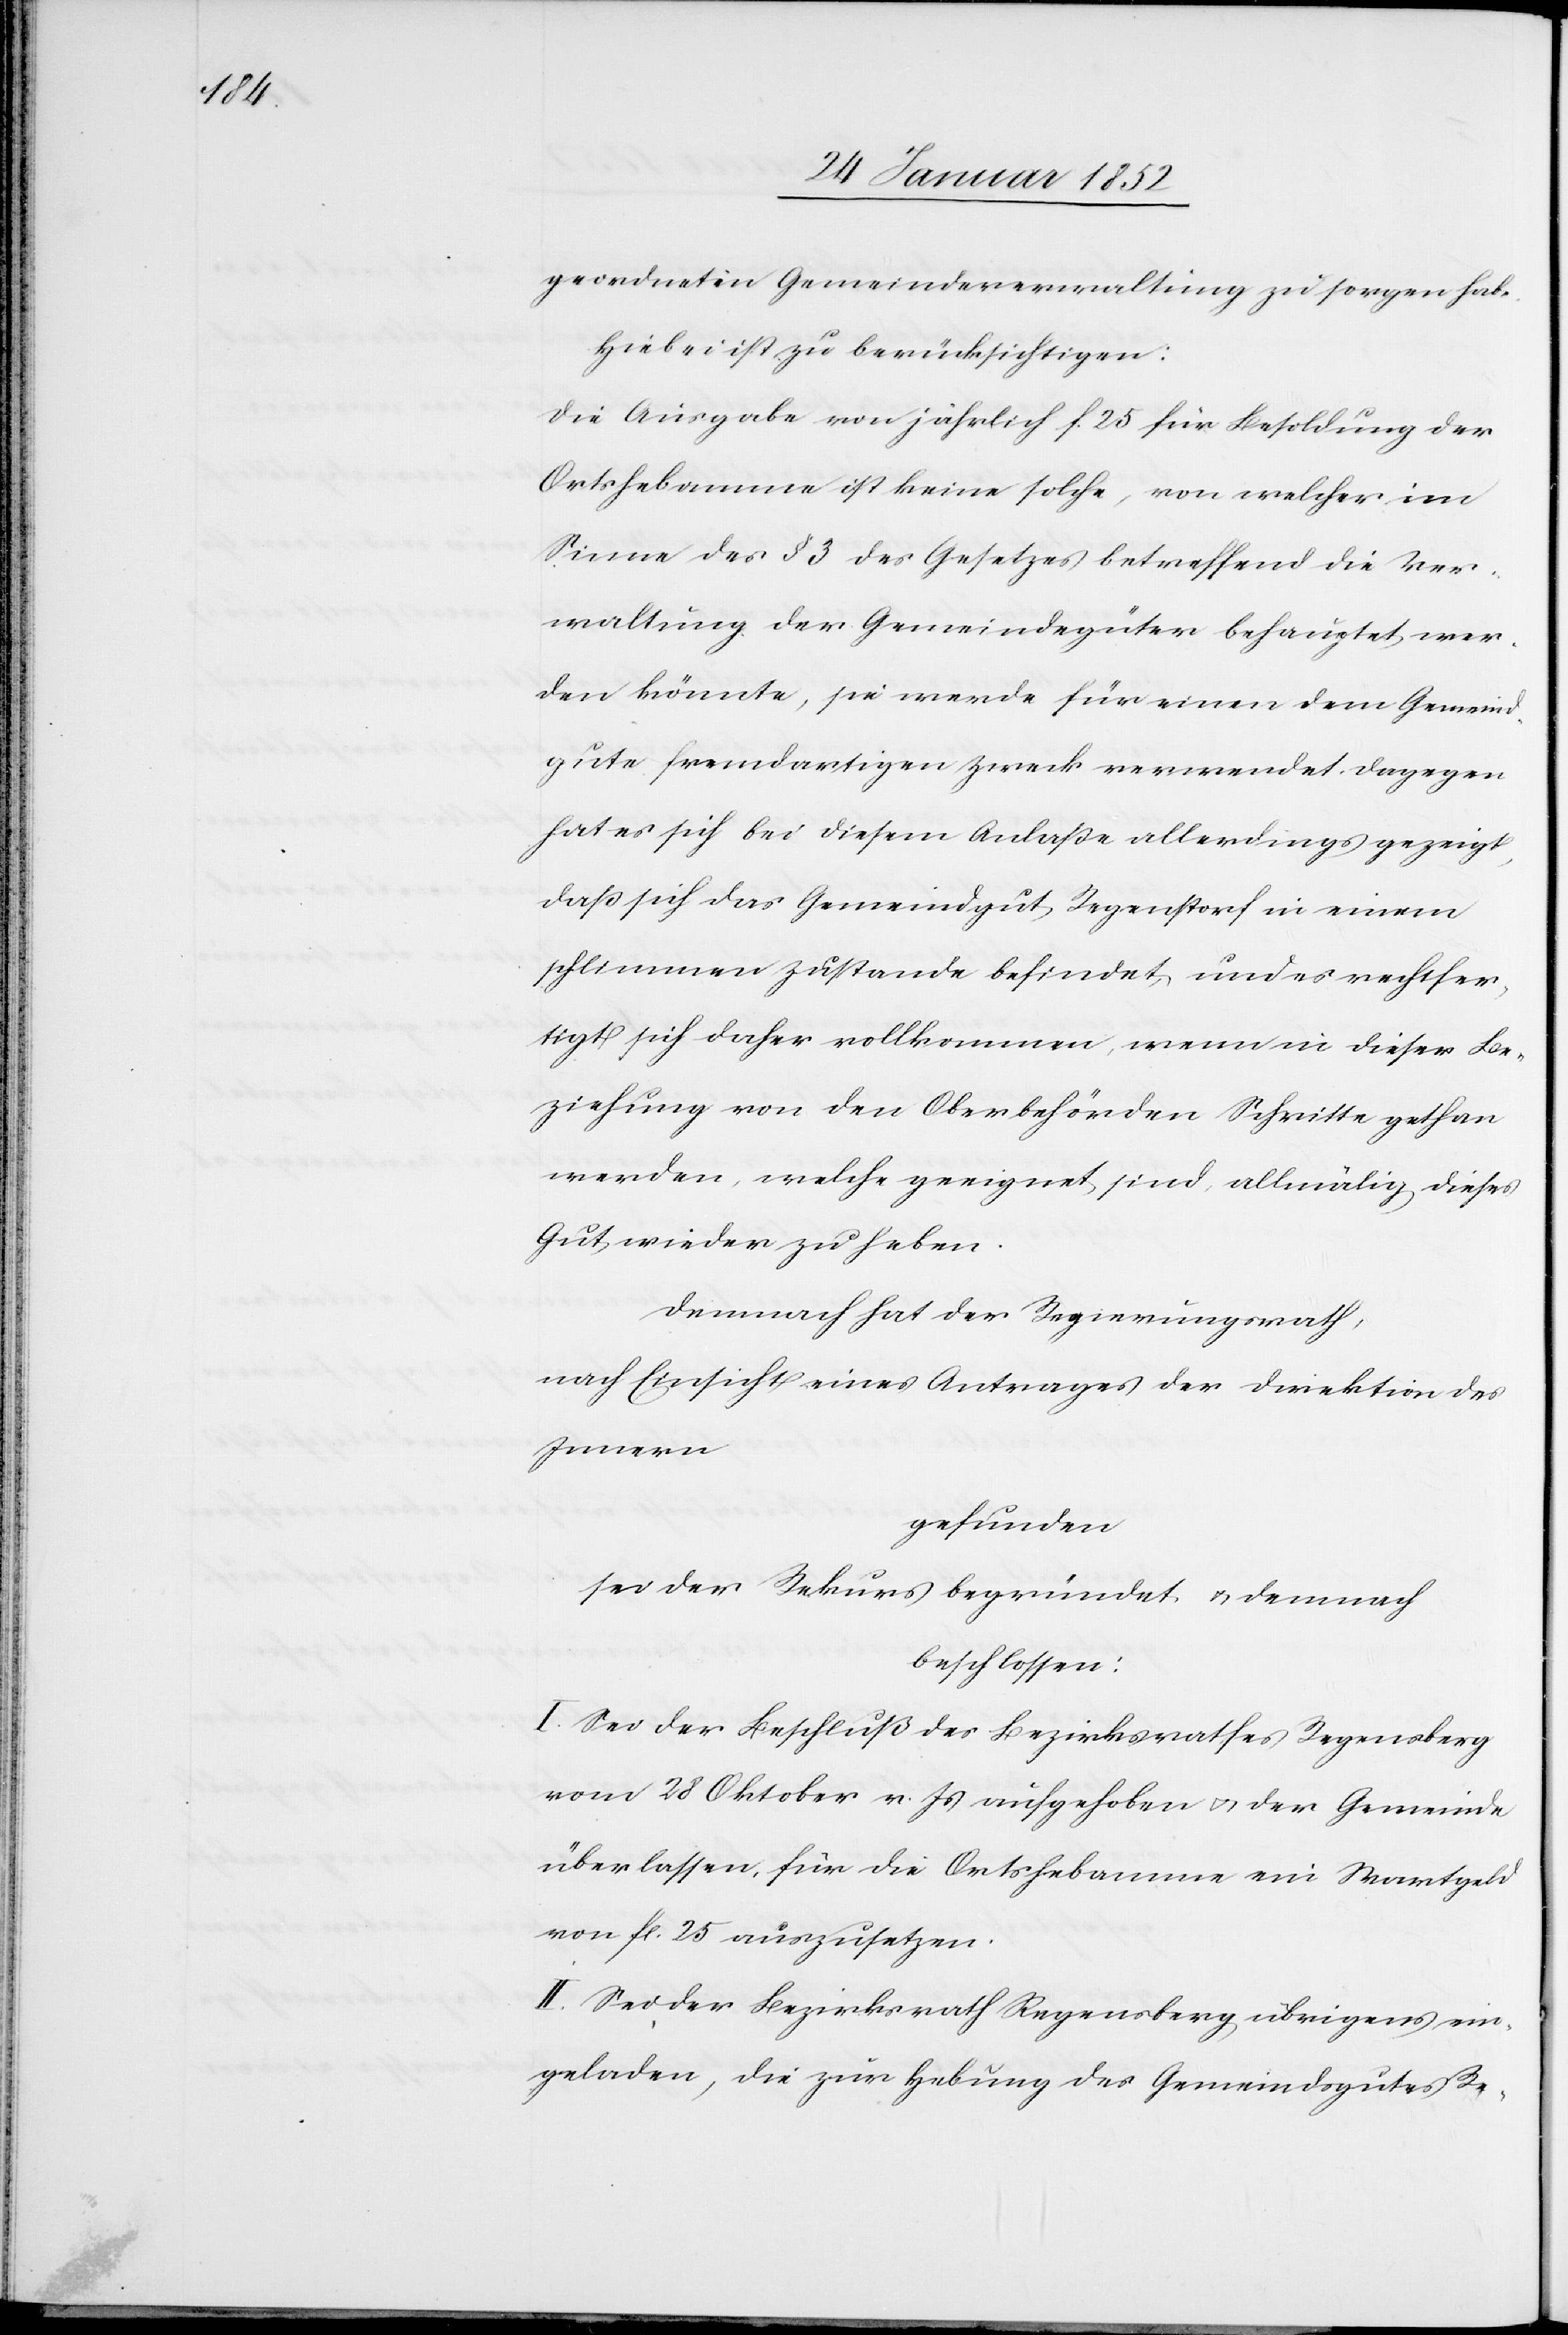
geordneten Gemeindeverwaltung zu sorgen habe.
Hiebei ist zu berücksichtigen:
Die Ausgabe von jährlich f. 25 für Besoldung der
Ortshebamme ist keine solche, von welcher im
Sinne des § 3 des Gesetzes betreffend die Ver¬
waltung der Gemeindegüter behauptet wer¬
den könne, sie werde für einen dem Gemeind¬
gute fremdartigen Zweck verwendet dagegen.
hat es sich bei diesem Anlaße allerdings gezeigt,
daß sich das Gemeindgut Regenstorf in einem
schlimmen Zustande befindet, und es sich rechtfer¬
tigt sich daher vollkommen, wenn in dieser Be¬
ziehung von den Oberbehörden Schritte gethan
werden, welche geeignet sind, allmälig dieses
Gut wieder zu heben.
Demnach hat der Regierungsrath,
nach Einsicht eines Antrages der Direktion des
Innern
gefunden
sei der Rekurs begründet u. demnach
beschlossen:
I. Sei der Beschluß des Bezirksrathes Regensberg
vom 28 Oktober v. Js aufgehoben u. der Gemeinde
überlassen, für die Ortshebamme ein Wartgeld
von fl. 25 auszusetzen.
II. Sei der Bezirksrath Regensberg übrigens ein¬
geladen, die zur Hebung des Gemeindgutes Re-